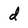
Character: d